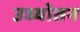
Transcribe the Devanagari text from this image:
उध्योतन